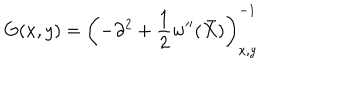
G ( x , y ) = \left( - \partial ^ { 2 } + \frac 1 2 w ^ { \prime \prime } ( \bar { X } ) \right) _ { x , y } ^ { - 1 }